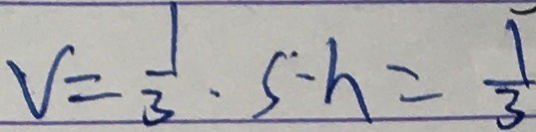
V = \frac { 1 } { 3 } \cdot S \cdot h = \frac { 1 } { 3 }